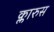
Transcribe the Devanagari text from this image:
क्लारुस